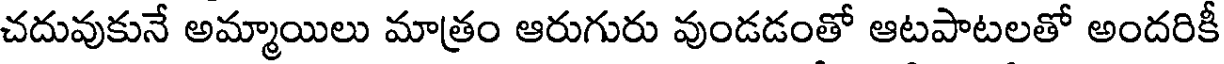
చదువుకునే అమ్మాయిలు మాత్రం ఆరుగురు వుండడంతో ఆటపాటలతో అందరికీ